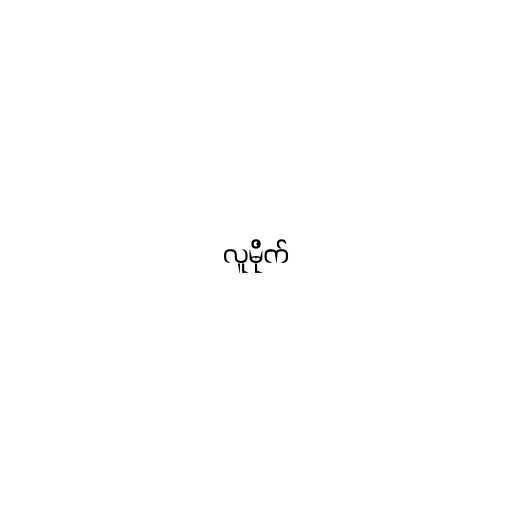
လူမိုက်